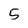
Character: 5